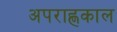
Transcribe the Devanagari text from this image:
अपराह्णकाल